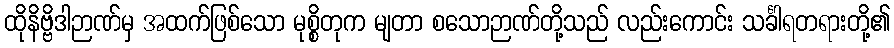
ထိုနိဗ္ဗိဒါဉာဏ်မှ အထက်ဖြစ်သော မုစ္စိတုက မျတာ စသောဉာဏ်တို့သည် လည်းကောင်း သင်္ခါရတရားတို့၏